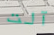
آلت